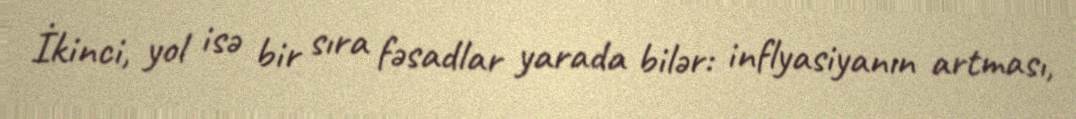
İkinci, yol isə bir sıra fəsadlar yarada bilər: inflyasiyanın artması,